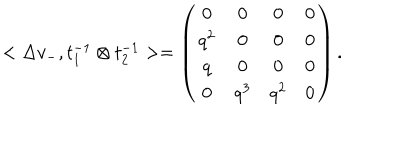
LaTeX: < \Delta v _ { - } , t _ { 1 } ^ { - 1 } \otimes t _ { 2 } ^ { - 1 } > = \left( \begin{array} { c c c c } { { 0 } } & { { 0 } } & { { 0 } } & { { 0 } } \\ { { q ^ { 2 } } } & { { 0 } } & { { 0 } } & { { 0 } } \\ { { q } } & { { 0 } } & { { 0 } } & { { 0 } } \\ { { 0 } } & { { q ^ { 3 } } } & { { q ^ { 2 } } } & { { 0 } } \\ \end{array} \right) .